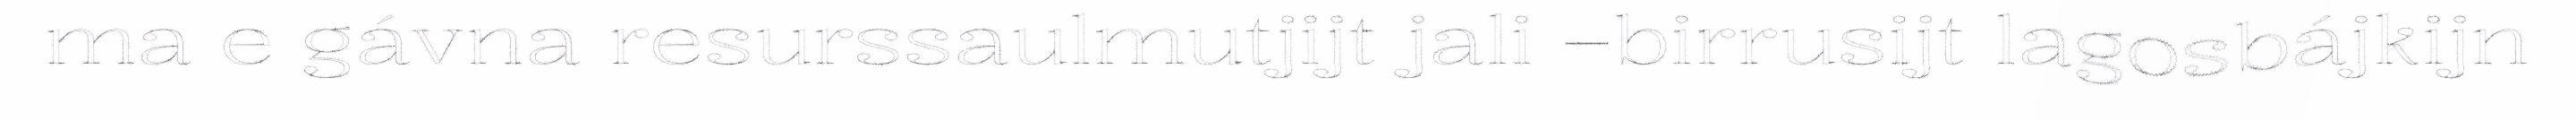
ma e gávna resurssaulmutjijt jali –birrusijt lagosbájkijn